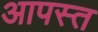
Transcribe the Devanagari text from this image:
आपस्त